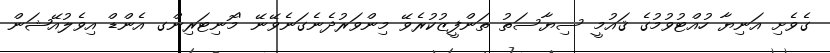
ގެވެށި އަނިޔާ ހުއްޓުވުމުގެ ޤައުމީ ސިޔާސަތު ތަންފީޒުކުރެވޭ މިންވަރުދެނެގަނެވޭނޭ 'މޮނިޓަރިންގ އެންޑް އިވެލުއޭޝަން